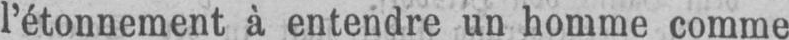
l’étonnement à entendre un homme comme